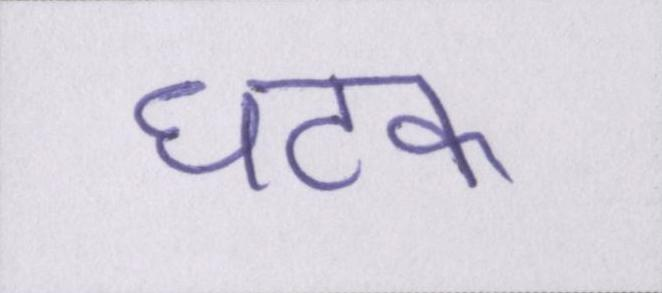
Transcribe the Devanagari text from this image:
घटक